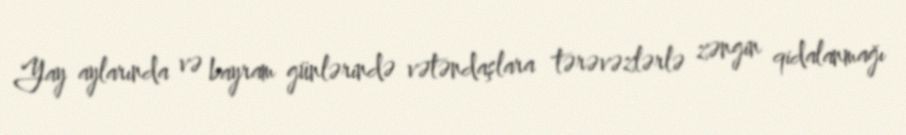
Yay aylarında və bayram günlərində vətəndaşlara tərəvəzlərlə zəngin qidalanmağı